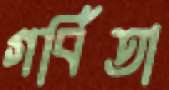
গর্বিতা